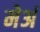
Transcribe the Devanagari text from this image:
मेअं